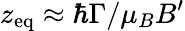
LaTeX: z_{\mathrm{eq}}\approx\hbar\Gamma/\mu_{B}B^{\prime}